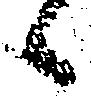
候